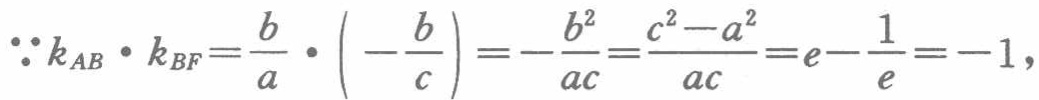
\(\because k_{AB}\cdot k_{BF}=\frac{b}{a}\cdot\left(-\frac{b}{c}\right)=-\frac{b^{2}}{ac}=\frac{c^{2}-a^{2}}{ac}=e - \frac{1}{e}=-1\)，